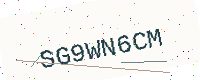
Text: SG9WN6CM